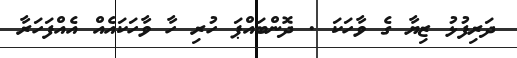
ދަރިފުޅު ޒިޔާ ގެ ވާހަކަ . ދޮންބައްޕަ ހުރި ހާ ވާހަކައެއް އެއްފަހަރާ